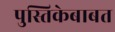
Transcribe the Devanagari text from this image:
पुस्तिकेबाबत